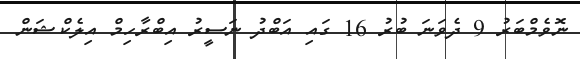
ނޮވެމްބަރު 9 ދެވަނަ ބުރު 16 ގައި އަބްދު ނަސީރު އިބްރާހިމް އިލެކްޝަން